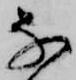
な